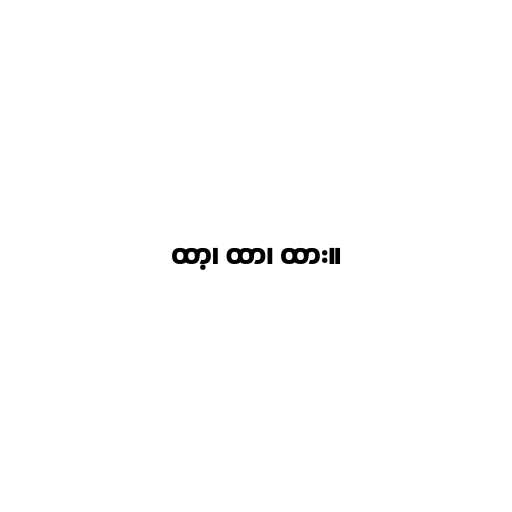
ထာ့၊ ထာ၊ ထား။